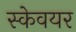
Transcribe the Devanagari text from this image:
स्केवयर